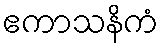
ဧကာသနိကံ